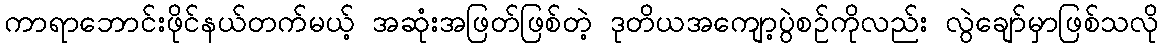
ကာရာဘောင်းဖိုင်နယ်တက်မယ့် အဆုံးအဖြတ်ဖြစ်တဲ့ ဒုတိယအကျော့ပွဲစဉ်ကိုလည်း လွဲချော်မှာဖြစ်သလို